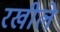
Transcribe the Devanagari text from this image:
रखीले